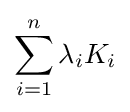
\sum _{i=1}^{n}\lambda _{i}K_{i}